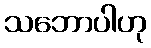
သဘောပါဟု